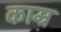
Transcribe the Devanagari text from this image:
काम्र